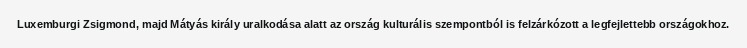
Luxemburgi Zsigmond, majd Mátyás király uralkodása alatt az ország kulturális szempontból is felzárkózott a legfejlettebb országokhoz.